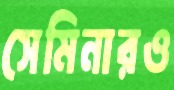
সেমিনারও